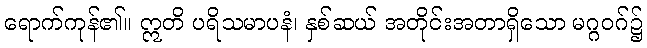
ရောက်ကုန်၏။ ဣတိ ပရိသမာပနံ၊ နှစ်ဆယ် အတိုင်းအတာရှိသော မဂ္ဂဝဂ်၌